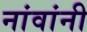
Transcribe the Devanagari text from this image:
नांवांनी